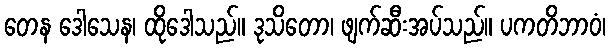
တေန ဒေါသေန၊ ထိုဒေါသည်။ ဒုသိတော၊ ဖျက်ဆီးအပ်သည်။ ပကတိဘာဝံ၊